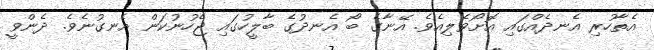
އެތާހުރި އެނދެއްގައި އޮށޯވެލިއެވެ. އޭނާގެ ބޯ އެނދުގެ ބާލީހުގައި ޖެހުނުކަން އެނގުނެވެ. ދެންވީ